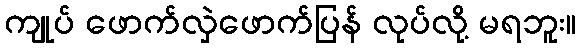
ကျုပ် ဖောက်လှဲဖောက်ပြန် လုပ်လို့ မရဘူး။